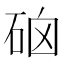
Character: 硇